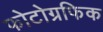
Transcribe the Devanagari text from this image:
फोटोग्रफिक